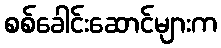
စစ်ခေါင်းဆောင်များက